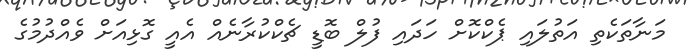
މަނާތަކެތި އަތުލައި ޕެކްކޮށް ހަދައި ފުލް ބޮޑީ ޗެކްކުރާނެއް އެއީ ގޮޅިއަށް ވެއްދުމުގެ